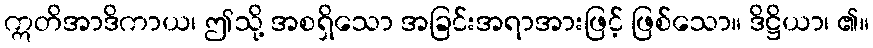
ဣတိအာဒိကာယ၊ ဤသို့ အစရှိသော အခြင်းအရာအားဖြင့် ဖြစ်သော။ ဒိဋ္ဌိယာ၊ ၏။